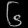
Digit: ၆